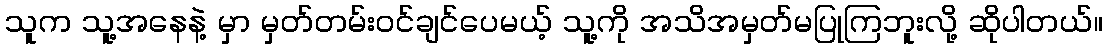
သူက သူ့အနေနဲ့ မှာ မှတ်တမ်းဝင်ချင်ပေမယ့် သူ့ကို အသိအမှတ်မပြုကြဘူးလို့ ဆိုပါတယ်။